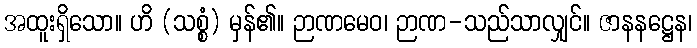
အထူးရှိသော။ ဟိ (သစ္စံ) မှန်၏။ ဉာဏမေဝ၊ ဉာဏ-သည်သာလျှင်။ ဇာနနဋ္ဌေန၊